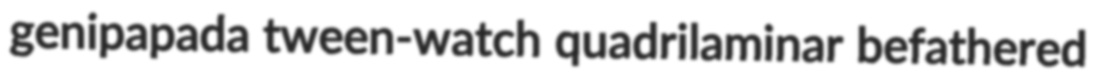
genipapada tween-watch quadrilaminar befathered